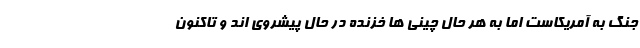
جنگ به آمریکاست اما به هر حال چینی ها خزنده در حال پیشروی اند و تاکنون